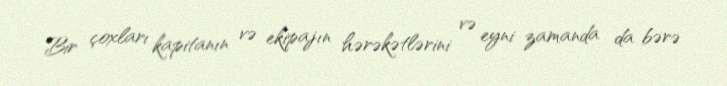
Bir çoxları kapitanın və ekipajın hərəkətlərini və eyni zamanda da bərə